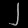
Digit: ၂